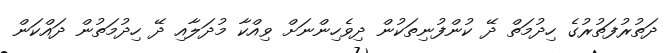
ދަތުރުފަތުރުގެ ހިދުމަތް ދޭ ކުންފުނިތަކުން ދިވެހިންނަށް ވިއްކާ މުދަލާއި ދޭ ހިދުމަތުން ދައްކަން